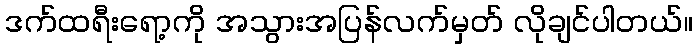
ဒက်ထရီးရော့ကို အသွားအပြန်လက်မှတ် လိုချင်ပါတယ်။